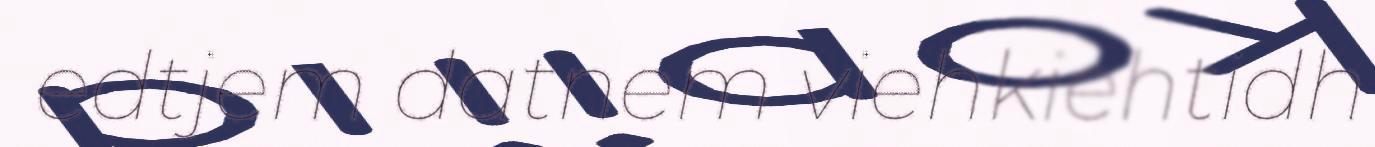
edtjem datnem viehkiehtidh